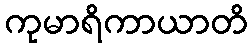
ကုမာရိကာယာတိ